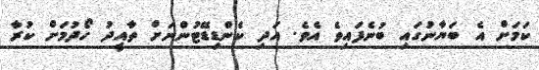
ކަމަށް އެ ބަޔާނުގައި ބުނެފައިވެ އެވެ. އަދި ކެންޑިޑޭޓުންނަށް ތާއީދު ހޯދުމަށް ކުރާ